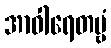
အာဝါရေတဗ္ဗံ